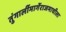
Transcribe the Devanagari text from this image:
तुंगार्लीमार्गेराजमाचीला